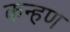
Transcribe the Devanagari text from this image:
कन्हण